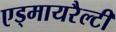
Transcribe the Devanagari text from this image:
एड्मायरैल्टी